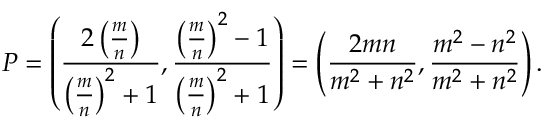
P = \left( { \frac { 2 \left( { \frac { m } { n } } \right) } { \left( { \frac { m } { n } } \right) ^ { 2 } + 1 } } , { \frac { \left( { \frac { m } { n } } \right) ^ { 2 } - 1 } { \left( { \frac { m } { n } } \right) ^ { 2 } + 1 } } \right) = \left( { \frac { 2 m n } { m ^ { 2 } + n ^ { 2 } } } , { \frac { m ^ { 2 } - n ^ { 2 } } { m ^ { 2 } + n ^ { 2 } } } \right) .